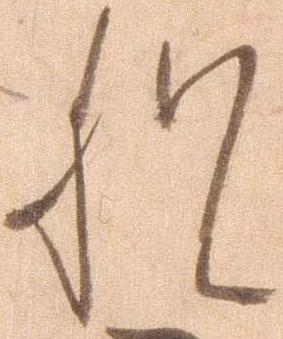
猶